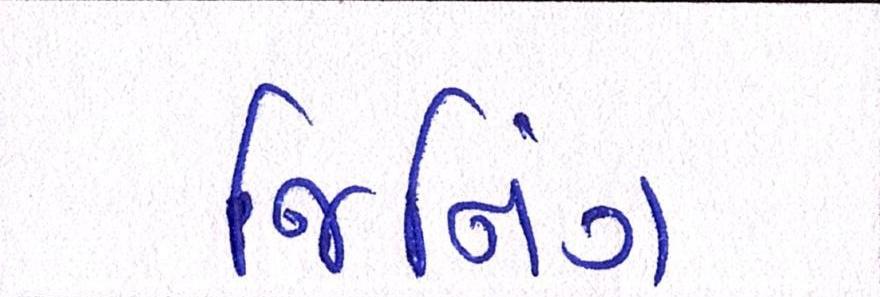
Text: જિનિંગ